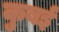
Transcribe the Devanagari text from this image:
कुबई